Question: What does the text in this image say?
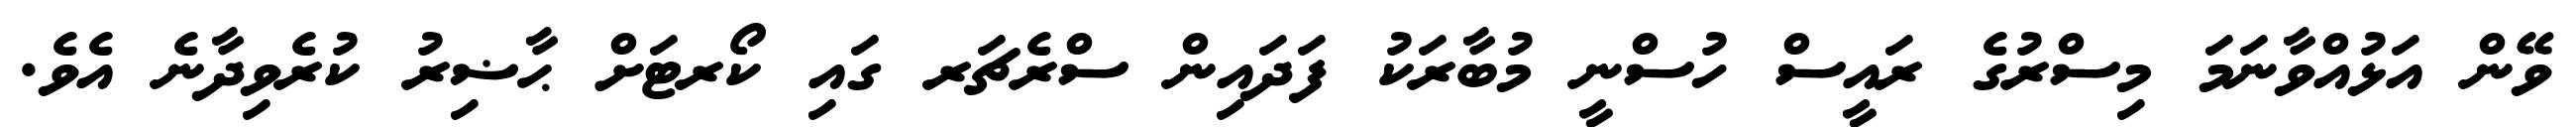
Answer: ވޭން އަޅުއްވާނަމަ މިސްރުގެ ރައީސް ހުސްނީ މުބާރަކު ފަދައިން ސްރެޗަރ ގައި ކޯރޓަށް ޙާޟިރު ކުރެވިދާނެ އެވެ.